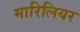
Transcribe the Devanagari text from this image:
मारिलियर